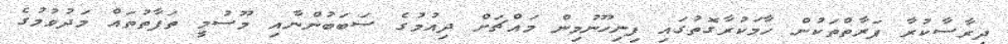
ދިރާސާކުރާ ފަރާތްތަކުން ހާމަކުރާގޮތުގައި ފިނިހޫނުމިން މައްޗަށް ދިއުމުގެ ސަބަބުންނާއި މޫސުމީ ތަފާތުތައް މަދުވުމުގެ